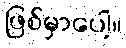
ဖြစ်မှာပေါ့။